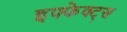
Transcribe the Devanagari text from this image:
इफ्फेक्ट्स